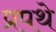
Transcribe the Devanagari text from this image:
प्रपथे